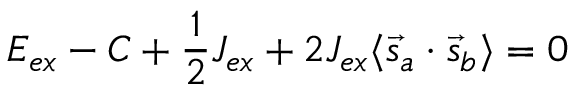
E _ { e x } - C + { \frac { 1 } { 2 } } J _ { e x } + 2 J _ { e x } \langle { \vec { s } } _ { a } \cdot { \vec { s } } _ { b } \rangle = 0